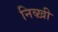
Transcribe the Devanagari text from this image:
निव्ख़ी